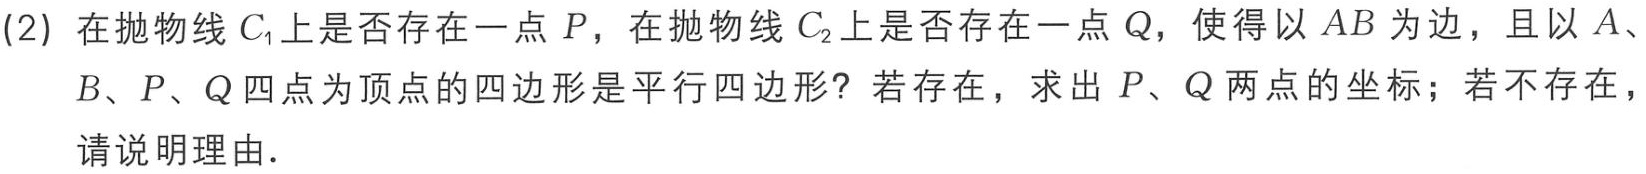
(2) 在抛物线\(C_{1}\)上是否存在一点 \(P\)，在抛物线\(C_{2}\)上是否存在一点 \(Q\)，使得以 \(AB\) 为边，且以 \(A\)、\(B\)、\(P\)、\(Q\) 四点为顶点的四边形是平行四边形？若存在，求出 \(P\)、\(Q\) 两点的坐标；若不存在，请说明理由.